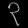
Digit: ၃